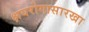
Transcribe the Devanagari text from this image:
क्षयरोगासारखा